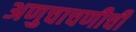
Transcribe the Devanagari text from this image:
अणुचाचणीची